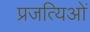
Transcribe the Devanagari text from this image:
प्रजत्यिओं